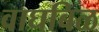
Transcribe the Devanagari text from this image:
वाघबिळ